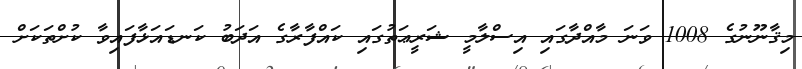
މިޤާނޫނުގެ 1008 ވަނަ މާއްދާގައި އިސްލާމީ ޝަރީޢަތުގައި ކައްފާރާގެ އަދަބު ކަނޑައަޅާފައިވާ ކުށްތަކަށް